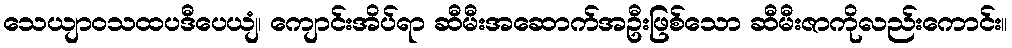
သေယျာဝသထပဒီပေယျံ၊ ကျောင်းအိပ်ရာ ဆီမီးအဆောက်အဦးဖြစ်သော ဆီမီးဇာကိုလည်းကောင်း။